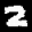
Label: 2